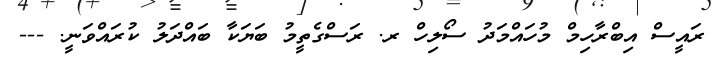
ރައީސް އިބްރާހިމް މުހައްމަދު ސޯލިހް ރ. ރަސްގެތީމު ބަޔަކާ ބައްދަލު ކުރައްވަނީ. ---